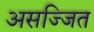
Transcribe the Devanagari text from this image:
असज्जित